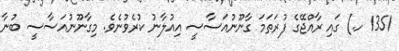
1351 ހ.) ގައި ރާއްޖޭގެ ފުރަތަމަ ގާނޫނުއަސާސީ އިއުލާނު ކުރެވުނެވެ. މިގާނޫނުއަސާސީ ބުނާ